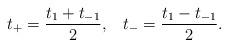
LaTeX: \begin{align*}t_{+}=\frac{t_{1}+t_{-1}}{2},\;\;\;t_{-}=\frac{t_{1}-t_{-1}}{2}.\end{align*}